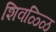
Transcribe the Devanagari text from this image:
शिवळ्ळि